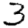
Digit: 3